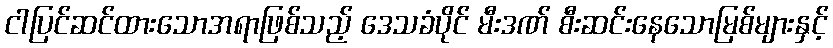
ငါပြင်ဆင်ထားသောအရာဖြစ်သည့် ဒေသခံပိုင် မီးဒဏ် စီးဆင်းနေသောမြစ်များနှင့်